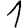
Digit: 1